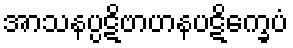
အာသနပ္ပဋိဗာဟနပဋိက္ခေပံ